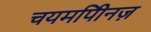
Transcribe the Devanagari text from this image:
चयमपीिनज़